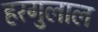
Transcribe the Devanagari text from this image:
हरगुलाल